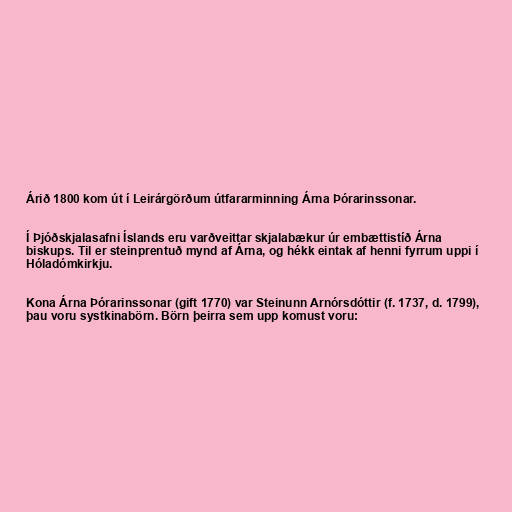
Árið 1800 kom út í Leirárgörðum útfararminning Árna Þórarinssonar.

Í Þjóðskjalasafni Íslands eru varðveittar skjalabækur úr embættistíð Árna
biskups. Til er steinprentuð mynd af Árna, og hékk eintak af henni fyrrum uppi í
Hóladómkirkju.

Kona Árna Þórarinssonar (gift 1770) var Steinunn Arnórsdóttir (f. 1737, d. 1799),
þau voru systkinabörn. Börn þeirra sem upp komust voru: